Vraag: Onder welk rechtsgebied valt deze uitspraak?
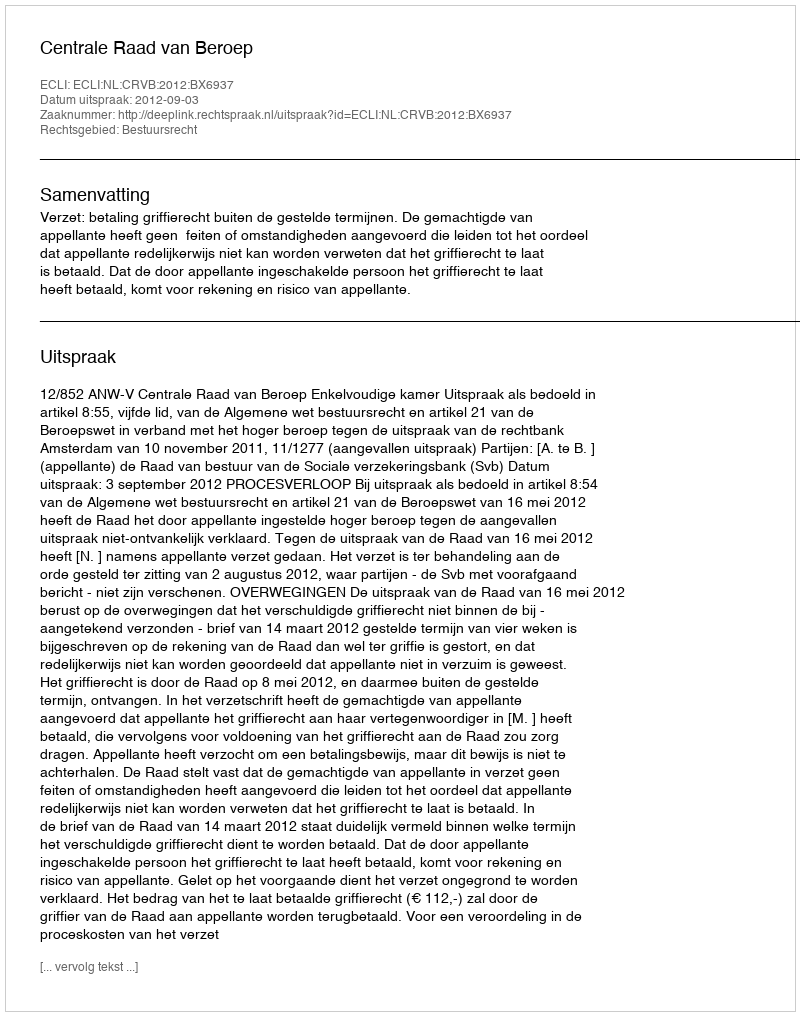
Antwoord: Bestuursrecht